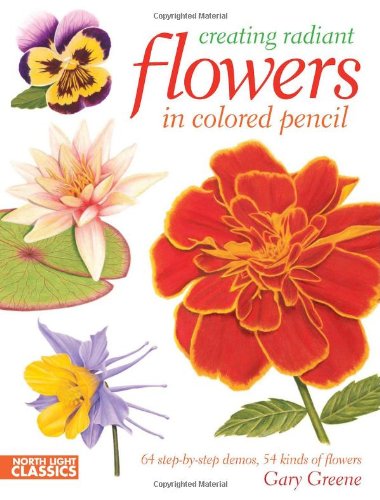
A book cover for Creating Radiant Flowers in Colored Pencil: 64 step-by-step demos / 54 kinds of flowers; Gary Greene; Arts & Photography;